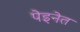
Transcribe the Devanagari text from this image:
पेइनेत